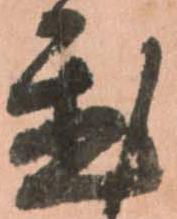
置